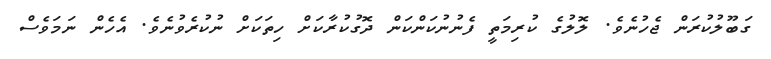
ގަބޫލުކުރަން ޖެހުނެވެ. ލޮލުގެ ކުރިމަތީ ފެނުނުކަންކަން ދޮގުކުރާކަށް ހިތަކަށް ނުކުރެވުނެވެ. އެހެން ނަމަވެސް